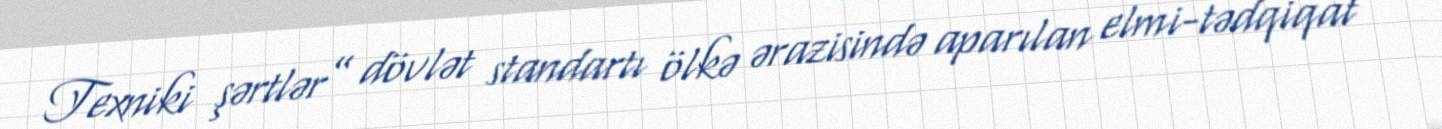
Texniki şərtlər” dövlət standartı ölkə ərazisində aparılan elmi-tədqiqat